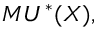
M U ^ { * } ( X ) ,